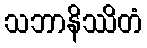
သဘာနိဿိတံ